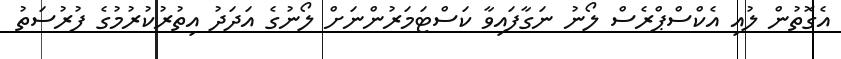
އެގޮތުން ލުއި އެކްސްޕްރެސް ލޯނު ނަގާފައިވާ ކަސްޓަމަރުންނަށް ލޯނުގެ އަދަދު އިތުރުކުރުމުގެ ފުރުސަތު